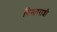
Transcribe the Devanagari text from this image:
विस्ताराशी